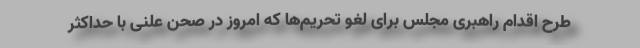
طرح اقدام راهبری مجلس برای لغو تحریم‌ها که امروز در صحن علنی با حداکثر